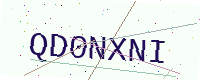
Text: QD0NXNI